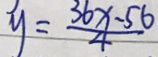
y = \frac { 3 6 x - 5 6 } { 4 }